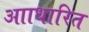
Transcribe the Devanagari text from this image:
आाधारित